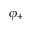
\phi _ { + }